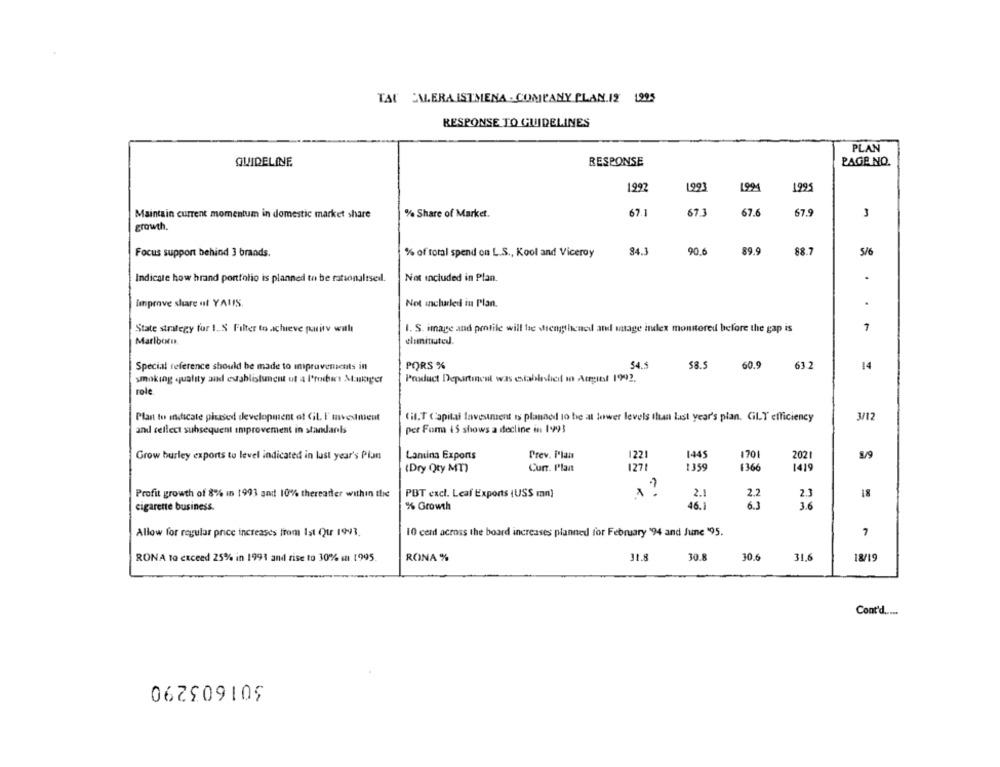
TAU EMERA ISTMENA . COMPANY PLAN.12 1995
RESPONSE TO GUIDELINES
PLAN
RESPONSE
PAGE NO.
GUIDELINE
1992
1993
1994
1995
Maintain current momentum in domestic market share
% Share of Market.
67.1
67.1
67.6
67.9
3
growth.
Focus support behind 3 brands.
% of total spend on L.S ., Kool and Viceroy
84.3
90.6
89.9
88.7
5/6
Not included in Plan.
Indicate how hrand portfolio is planned to be rationaltsed.
linprove share of YALIS.
Not inclurledi in Plan.
State strategy for 1. S Filter to achieve parity wul
I. S. image and profile will be strengthened ated usage index monitored before the gap is
-
Marlboro.
eliminated.
Special reference should be made to improvements in
PORS %
54.5
58.5
60.9
63.2
14
smoking quality and establishment of a l'rochers Manager
Poxluct Departinent was establishicil in Augibt 1992.
role
Plan to indicate plused development of GiL. I'mvestment
Gil.T Capital lavestment is planned to be at lower levels than last year's plan. Gil.T efficiency
3/12
and cellect subsequent improvement in standanbs
per Fom 15 shows a decline in 1993
1445
Grow burley exports to level indicated in last year's Plan
Lamina Exports
Prev. Plan
1221
1701
2021
8/9
(Dry Qty MT)
Curr. Plant
1271
1359
136
1419
2.3
Profit growth of 8% in 1993 and 10% thereafter within the
PBT excl. Leaf Exports (USS mn)
2.1
2.2
18
cigarene business.
% Growth
46.1
6.3
3.6
Allow for regular price increases from Ist Our 1993.
10 cent across the board increases planned for February "94 and June '95.
7
RONA to exceed 25% in 1991 and rise to 30% sa 1995.
RONA %
31.8
30.8
30.6
31.6
18/19
Cont'd .....
301603290